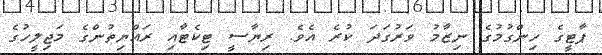
ޕާޓީގެ ހިންގުމުގެ ނިޒާމު ވަރުގަދަ ކުރެ އެވެ. ރިޔާސީ ޓިކެޓާއި ރައްޔިތުންގެ މަޖިލީހުގެ